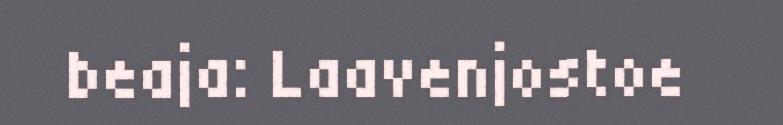
beaja: Laavenjostoe